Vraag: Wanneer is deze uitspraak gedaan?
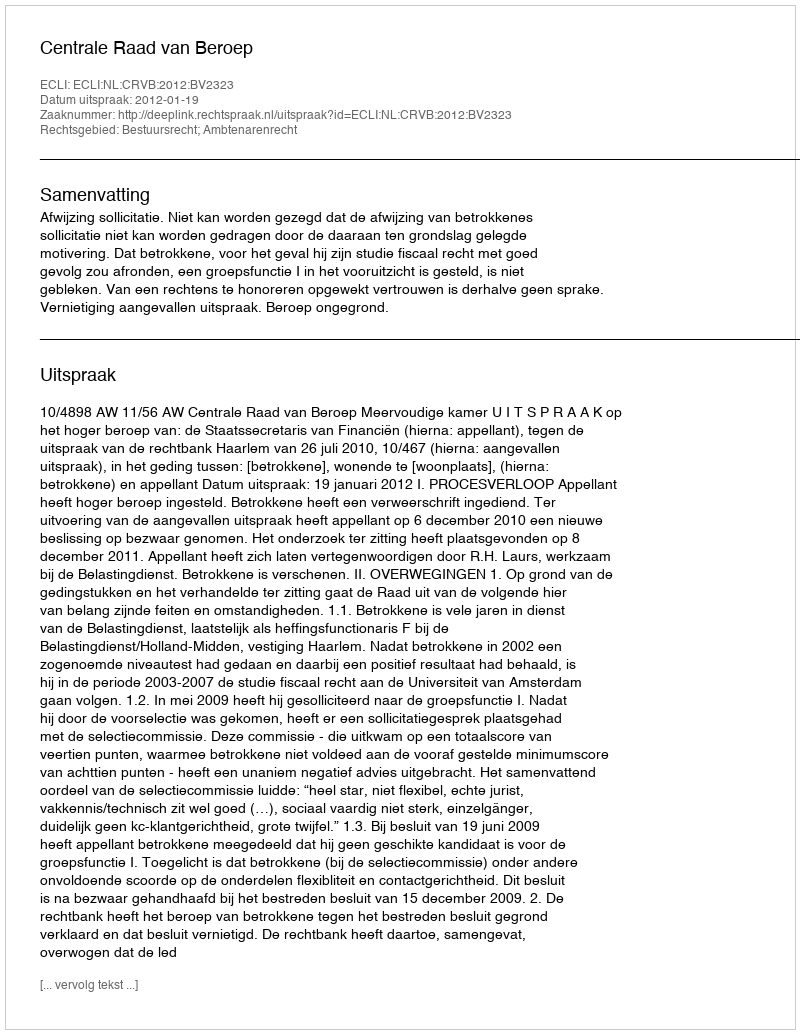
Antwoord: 2012-01-19